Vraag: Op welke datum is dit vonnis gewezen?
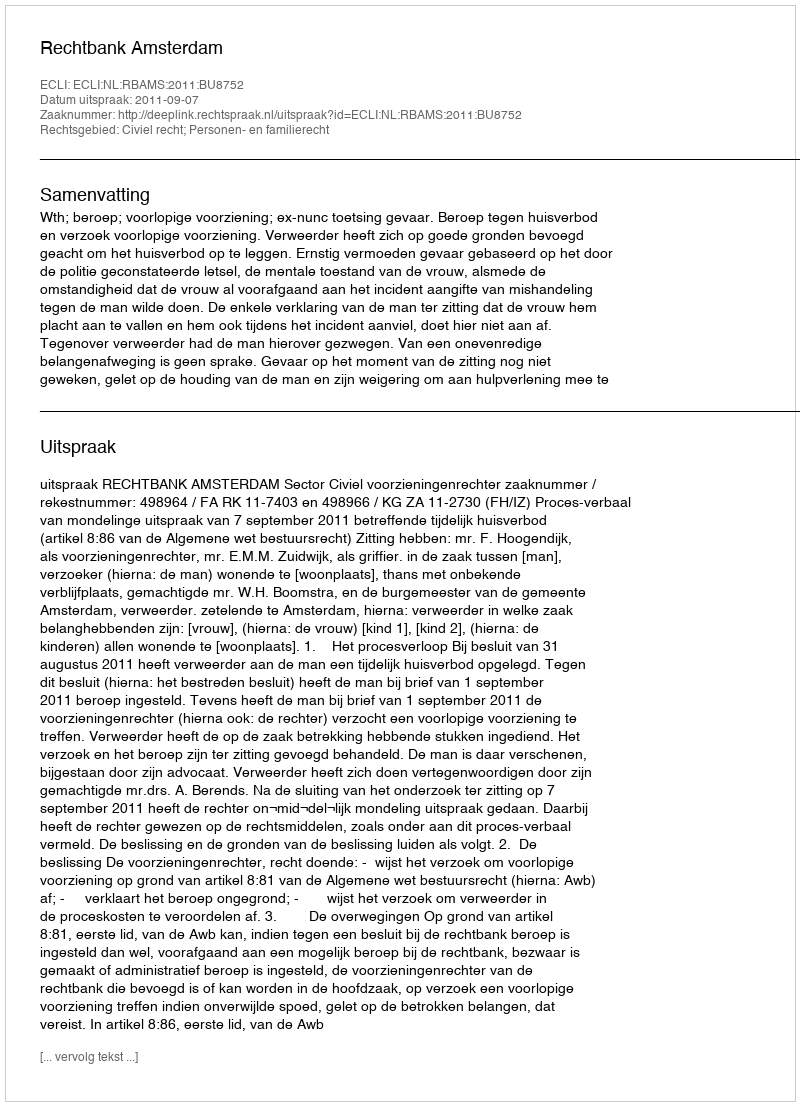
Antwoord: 2011-09-07